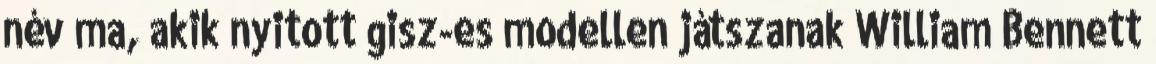
név ma, akik nyitott gisz-es modellen játszanak William Bennett